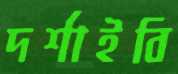
দর্শাইবি